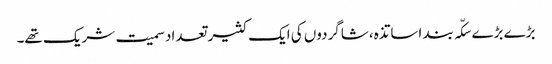
بڑے بڑے سکّہ بند اساتذہ، شاگردوں کی ایک کثیر تعداد سمیت شریک تھے۔